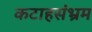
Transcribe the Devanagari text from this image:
कटाहसंभ्रम